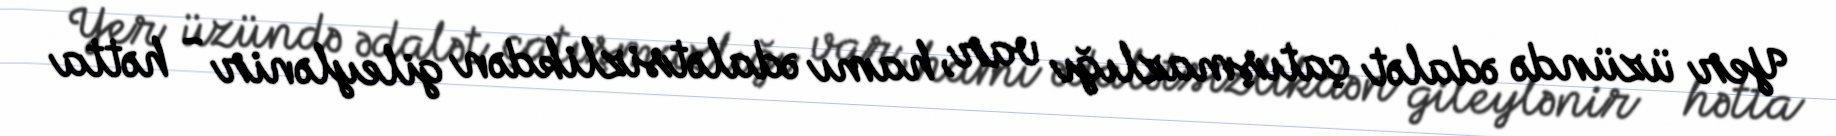
Yer üzündə ədalət çatışmazlığı var, hamı ədalətsizlikdən gileylənir - hətta